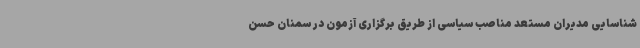
شناسایی مدیران مستعد مناصب سیاسی از طریق برگزاری آزمون در سمنان حسن